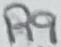
Text: R9